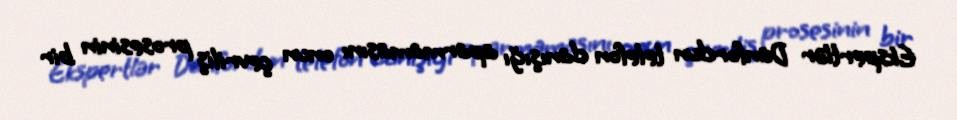
Ekspertlər Danfordun telefon danışığı aparmamasını onun çevriliş prosesinin bir